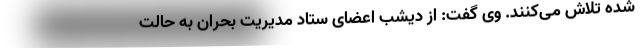
شده تلاش می‌کنند. وی گفت: از دیشب اعضای ستاد مدیریت بحران به حالت